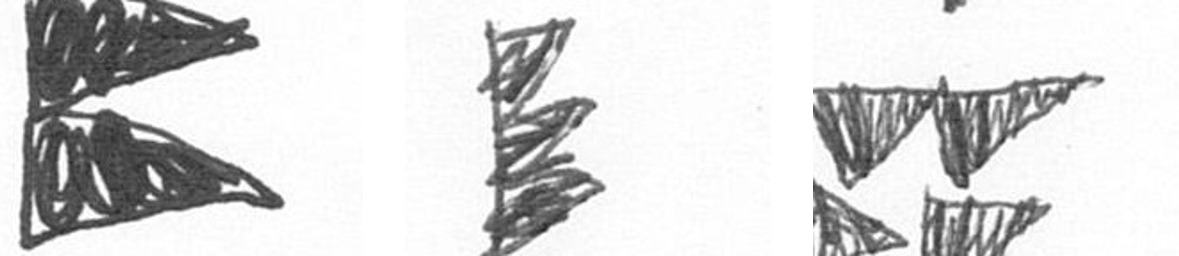
P H B